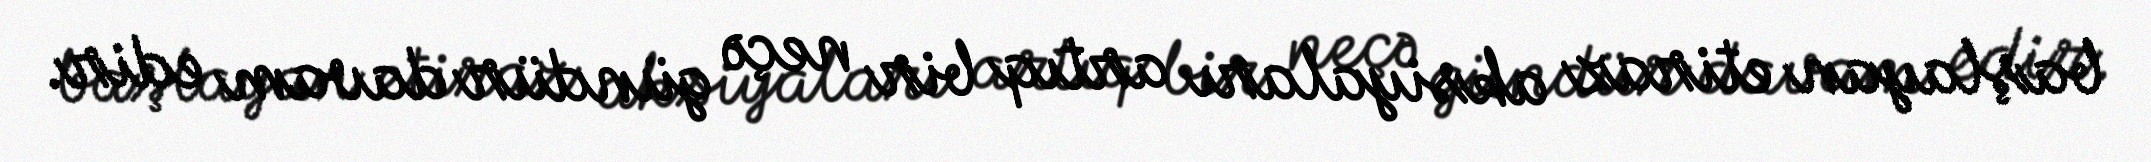
başlayan etiraz aksiyaları artıq bir neçə gündür davam edir.